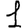
Digit: 1